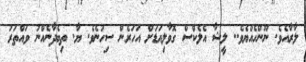
ލާރާއެވެ. ނޫންހެއްޔެވެ.. ލީޝާ އެލެކްސް ގޮވާލިއަޑަށް އަހަރެން ސިހުނެވެ. ޔާ. ތިބެދާނެއްނު ވައްތަރު